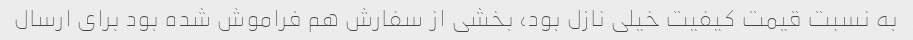
به نسبت قیمت کیفیت خیلی نازل بود، بخشی از سفارش هم فراموش شده بود برای ارسال